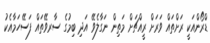
ޑްރޯންއަކީ ރަށްތައް ވަރަށް ރީއްޗަށް މަތިން ނަގާލެވޭ އަދި ބިމުގެ ސާރވޭތައް ފަސޭހަމާއެކު